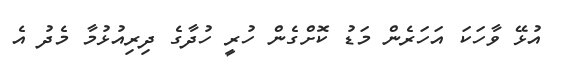
އުޅޭ ވާހަކަ އަހަރެން މަޑު ކޮށްގެން ހުރީ ހުދާގެ ދިރިއުޅުމާ މެދު އެ